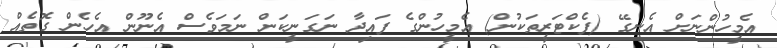
އެމީހުންނަށް އެނގޭ (ފެކްޓަރީތަކުން) އެމީހުންގެ ފައިދާ ނަގަނީކަން ނަމަވެސް އެނޫން އެހެން ގޮތެއް